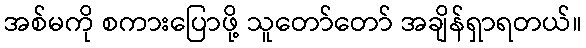
အစ်မကို စကားပြောဖို့ သူတော်တော် အချိန်ရှာရတယ်။